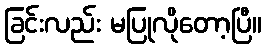
ခြင်းလည်း မပြုလိုတော့ပြီ။